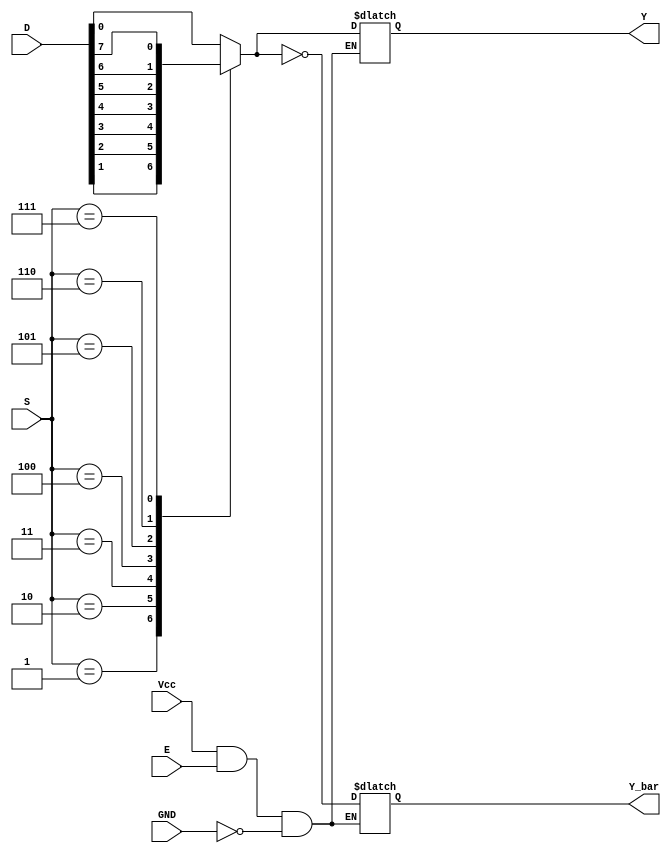
`timescale 1ns / 1ps
//////////////////////////////////////////////////////////////////////////////////
// Company:The University of Texas at San Antonio
// Abstraction Level: Behavioural/Algorithmic 
// Module Name: Mux_8to1
// Project Name: MultiplexerDesign
// Target Devices: IC74151
// Tool Versions: Vivado 2016.4
// Description: Multiplexer are usually used to increase the amount of data to be sent 
// over network. This design acts as dataselector for 8 input signals.
// Dependencies:None  
// Revision:1
// Additional Comments: 
// 
//////////////////////////////////////////////////////////////////////////////////


module Mux_8to1(
    //Multiplexer IC74151 input and output declaration.
    input [7:0]D,input [2:0]S,input Vcc,E,GND,
    output reg Y,Y_bar
);
//Block is triggered at change of Powersupply,enable,ground,
//select lines and input respectively.
always @(Vcc or E or GND or S or D)
begin
    //Power on the design.
    if(Vcc==1 && E==1 && GND==0)
    begin
        
        //Multiplexer output derived based on input and select lines.
        case(S)
            3'b000:Y=D[0];
            3'b001:Y=D[1];
            3'b010:Y=D[2];
            3'b011:Y=D[3];
            3'b100:Y=D[4];
            3'b101:Y=D[5];
            3'b110:Y=D[6];
            3'b111:Y=D[7];
            default: Y=1'bX;
        endcase
        //Complimentary multiplexer output.
         Y_bar=~Y;
    end
end
endmodule